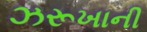
ઝરૂખાની